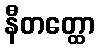
နီတတ္ထော